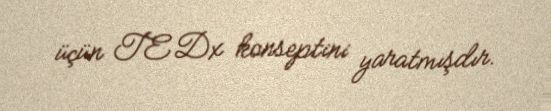
üçün TEDx konseptini yaratmışdır.